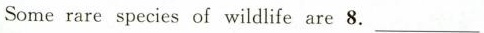
Some rare species of wildlife are 8.___